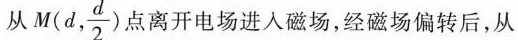
从 M(d, \frac{d} {2})点离开电场进入磁场，经磁场偏转后，从